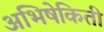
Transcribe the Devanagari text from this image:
अभिषेकिती